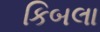
કિબલા